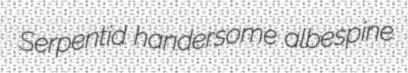
Serpentid handersome albespine